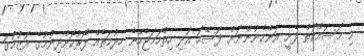
މި މަސައްކަތް ފެށީ އަންހެނުންނަށް ފަސޭހަ އަދި ހިތްހަަމަޖެހޭނެ ހިދުމަތެއް ފޯރުކޮށްދިނުމުގެ އަޒުމުގަ